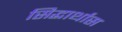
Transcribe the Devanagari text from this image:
सिद्धार्थास